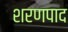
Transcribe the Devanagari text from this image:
शरणपाद